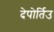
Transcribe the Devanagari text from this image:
देपोर्तिउ